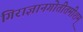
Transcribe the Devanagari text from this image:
गिराज्ञानगोतीतमीशम्